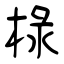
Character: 椂